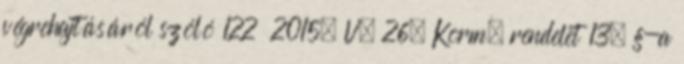
végrehajtásáról szóló 122 2015. V. 26. Korm. rendelet 13. §-a